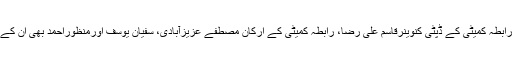
اس موقع پر رابطہ کمیٹی کے ڈپٹی کنوینرقاسم علی رضا، رابطہ کمیٹی کے ارکان مصطفےٰ عزیزآبادی، سفیان یوسف اورمنظوراحمد بھی ان کے ہمراہ تھے ۔